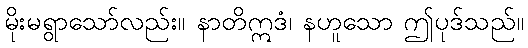
မိုးမရွာသော်လည်း။ နာတိဣဒံ၊ နဟူသော ဤပုဒ်သည်။